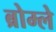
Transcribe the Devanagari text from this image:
ब्रोम्ले